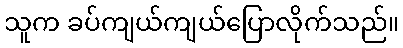
သူက ခပ်ကျယ်ကျယ်ပြောလိုက်သည်။